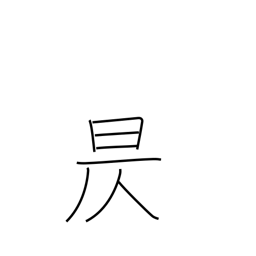
Meaning: go down